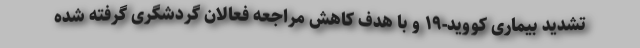
تشدید بیماری کووید-۱۹ و با هدف کاهش مراجعه فعالان گردشگری گرفته شده